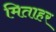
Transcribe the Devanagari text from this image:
मिताहर